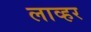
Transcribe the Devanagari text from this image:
लाव्हर